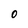
Character: O